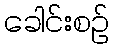
ခေါင်းစဉ်